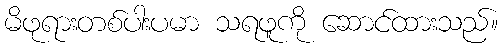
မိဖုရားတစ်ပါးပမာ သရဖူကို ဆောင်ထားသည်။